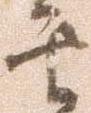
其